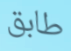
طابق